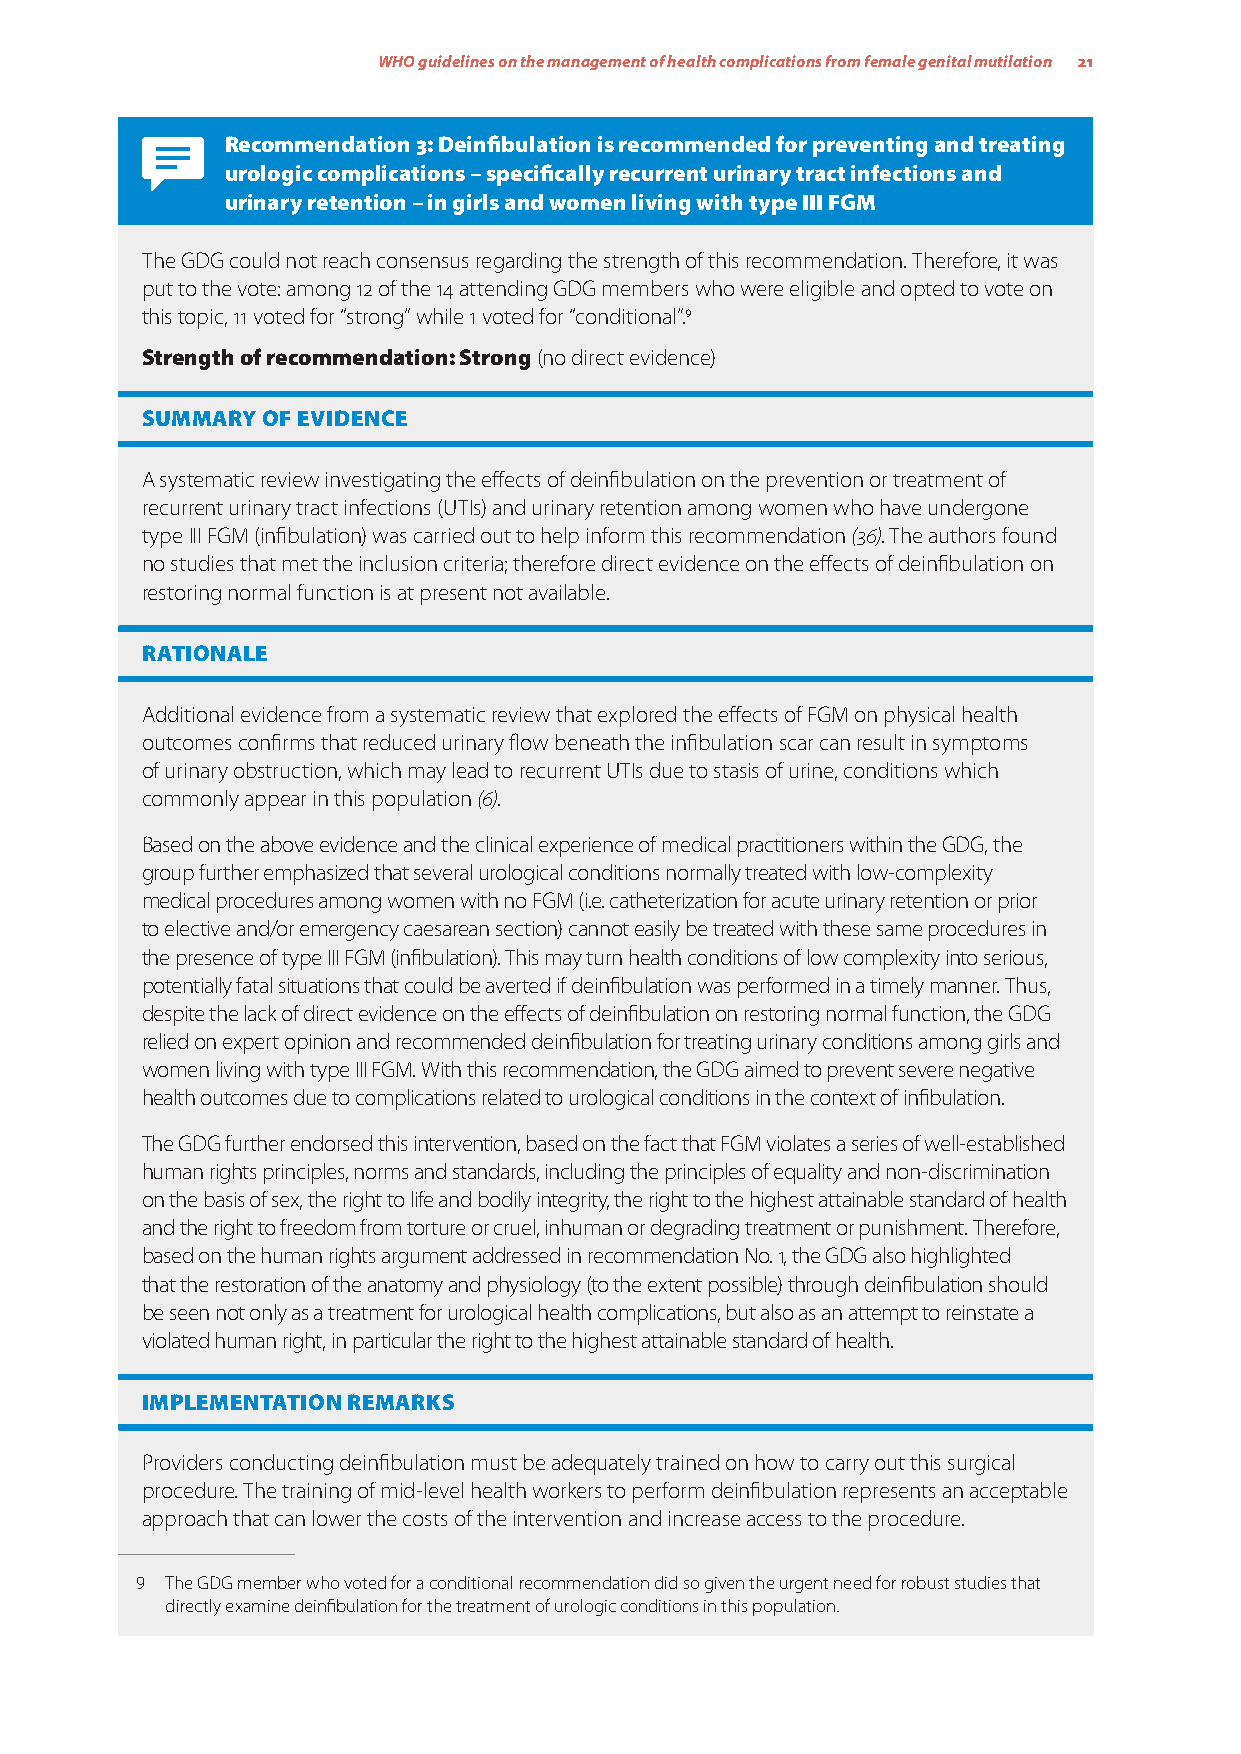
WHO guidelines on the management of health complications from female genital mutilation 21
 Recommendation 3: Deinfibulation is recommended for preventing and treating
 urologic complications – specifically recurrent urinary tract infections and
 urinary retention – in girls and women living with type III FGM
 The GDG could not reach consensus regarding the strength of this recommendation. Therefore, it was
 put to the vote: among 12 of the 14 attending GDG members who were eligible and opted to vote on
 this topic, 11 voted for “strong” while 1 voted for “conditional”.9
 Strength of recommendation: Strong (no direct evidence)
 SUMMARY OF EVIDENCE
 A systematic review investigating the effects of deinfibulation on the prevention or treatment of
 recurrent urinary tract infections (UTIs) and urinary retention among women who have undergone
 type III FGM (infibulation) was carried out to help inform this recommendation (36). The authors found
 no studies that met the inclusion criteria; therefore direct evidence on the effects of deinfibulation on
 restoring normal function is at present not available.
 RATIONALE
 Additional evidence from a systematic review that explored the effects of FGM on physical health
 outcomes confirms that reduced urinary flow beneath the infibulation scar can result in symptoms
 of urinary obstruction, which may lead to recurrent UTIs due to stasis of urine, conditions which
 commonly appear in this population (6).
 Based on the above evidence and the clinical experience of medical practitioners within the GDG, the
 group further emphasized that several urological conditions normally treated with low-complexity
 medical procedures among women with no FGM (i.e. catheterization for acute urinary retention or prior
 to elective and/or emergency caesarean section) cannot easily be treated with these same procedures in
 the presence of type III FGM (infibulation). This may turn health conditions of low complexity into serious,
 potentially fatal situations that could be averted if deinfibulation was performed in a timely manner. Thus,
 despite the lack of direct evidence on the effects of deinfibulation on restoring normal function, the GDG
 relied on expert opinion and recommended deinfibulation for treating urinary conditions among girls and
 women living with type III FGM. With this recommendation, the GDG aimed to prevent severe negative
 health outcomes due to complications related to urological conditions in the context of infibulation.
 The GDG further endorsed this intervention, based on the fact that FGM violates a series of well-established
 human rights principles, norms and standards, including the principles of equality and non-discrimination
 on the basis of sex, the right to life and bodily integrity, the right to the highest attainable standard of health
 and the right to freedom from torture or cruel, inhuman or degrading treatment or punishment. Therefore,
 based on the human rights argument addressed in recommendation No. 1, the GDG also highlighted
 that the restoration of the anatomy and physiology (to the extent possible) through deinfibulation should
 be seen not only as a treatment for urological health complications, but also as an attempt to reinstate a
 violated human right, in particular the right to the highest attainable standard of health.
 IMPLEMENTATION REMARKS
 Providers conducting deinfibulation must be adequately trained on how to carry out this surgical
 procedure. The training of mid-level health workers to perform deinfibulation represents an acceptable
 approach that can lower the costs of the intervention and increase access to the procedure.
 9 The GDG member who voted for a conditional recommendation did so given the urgent need for robust studies that
 directly examine deinfibulation for the treatment of urologic conditions in this population.